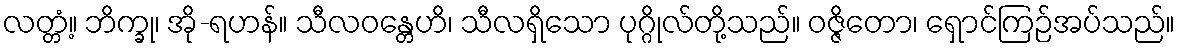
လတ္တံ့။ ဘိက္ခု၊ အို-ရဟန်။ သီလဝန္တေဟိ၊ သီလရှိသော ပုဂ္ဂိုလ်တို့သည်။ ဝဇ္ဇိတော၊ ရှောင်ကြဉ်အပ်သည်။